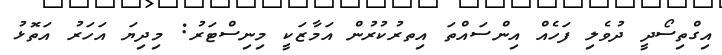
އިގްތިސޯދީ ދުވެލި ފަހެއް އިންސައްތަ އިތރުުކުރުން އަމާޒަކީ މިނިސްޓަރު: މިދިޔަ އަހަރު އަތޮޅު